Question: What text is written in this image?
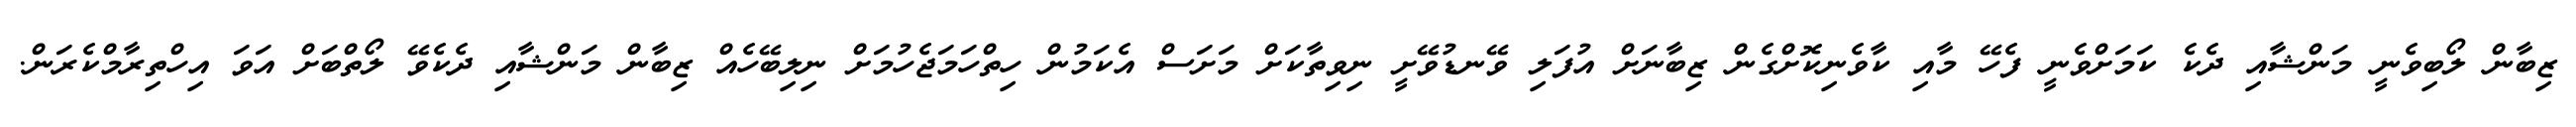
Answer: ޒިބާން ލޯބިވެނީ މަންޝާއި ދެކެ ކަމަށްވެނީ ފެހޭ މާއި ކާވެނިކޮށްގެން ޒިބާނަށް އުފަލި ވޭނޑުވޭށީ ނިވިތާކަށް މަށަސް އެކަމުން ހިތްހަމަޖެހުމަށް ނިލިބޭހެއް ޒިބާން މަންޝާއި ދެކެވޭ ލޯތްބަށް އަވަ އިހްތިރާމްކެރަން.